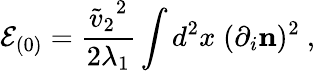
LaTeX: {\cal E}_{(0)}={\frac{{\tilde{v}_{2}}^{2}}{2{\lambda_{1}}}}\int d^{2}x\; (\partial_{i}{\mathbf n})^{2}\ ,